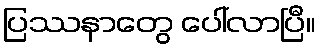
ပြဿနာတွေ ပေါ်လာပြီ။